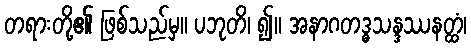
တရားတို့၏ ဖြစ်သည်မှ။ ပဘုတိ၊ ၍။ အနာဂတဒ္ဓသန္ဒဿနတ္ထံ၊